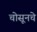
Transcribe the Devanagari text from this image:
चोसूनचे